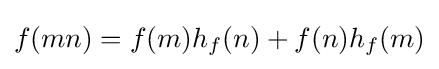
f(mn)=f(m)h_{f}(n)+f(n)h_{f}(m)